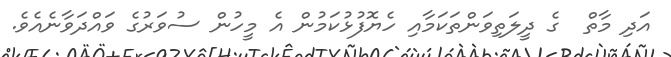
އަދި މާތް  ގެ ދީލަތިވަންތަކަމާއި ހެޔޮފުޅުކަމުން އެ މީހުން ސުވަރުގެ ވައްދަވާނެއެވެ.